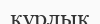
құрлык